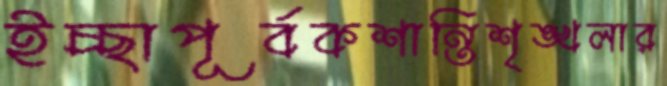
ইচ্ছাপূর্বকশান্তিশৃঙ্খলার